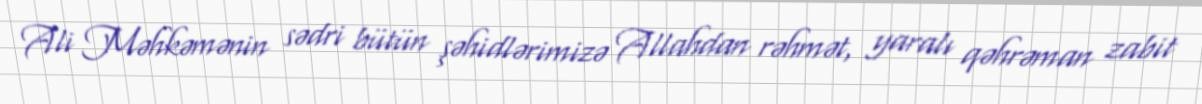
Ali Məhkəmənin sədri bütün şəhidlərimizə Allahdan rəhmət, yaralı qəhrəman zabit